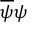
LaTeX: { \overline { { \psi } } } \psi